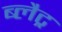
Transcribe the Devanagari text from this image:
ब्लैट्र